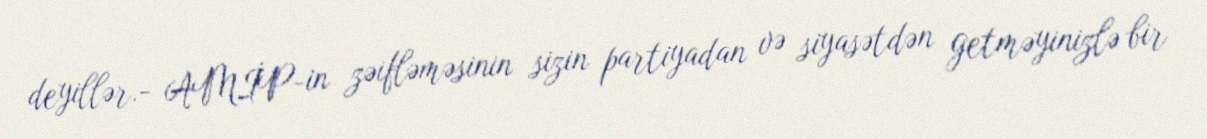
deyillər.- AMİP-in zəifləməsinin sizin partiyadan və siyasətdən getməyinizlə bir